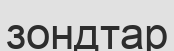
зондтар